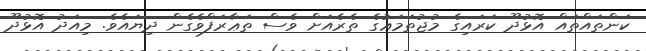
ކަންތައްތައް އޮޅުދޫ ކަރައިގެ މުޖުތަމަޢުގެ ތެރެއަށް ވެސް ތަޢާރަފްވެގެން ދިޔައެވެ. މިއަދު އޮޅުދޫ